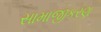
સામાજીકરણ